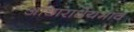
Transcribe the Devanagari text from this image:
आधाराधेयभाव